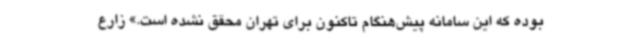
بوده که این سامانه پیش‌هنگام تاکنون برای تهران محقق نشده است.» زارع